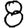
Digit: 8